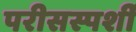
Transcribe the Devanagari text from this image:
परीसस्पर्शी